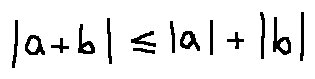
| a + b | \leq | a | + | b |